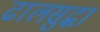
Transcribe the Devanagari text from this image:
ढालसुद्धा